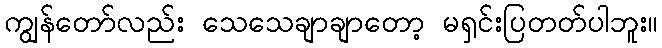
ကျွန်တော်လည်း သေသေချာချာတော့ မရှင်းပြတတ်ပါဘူး။